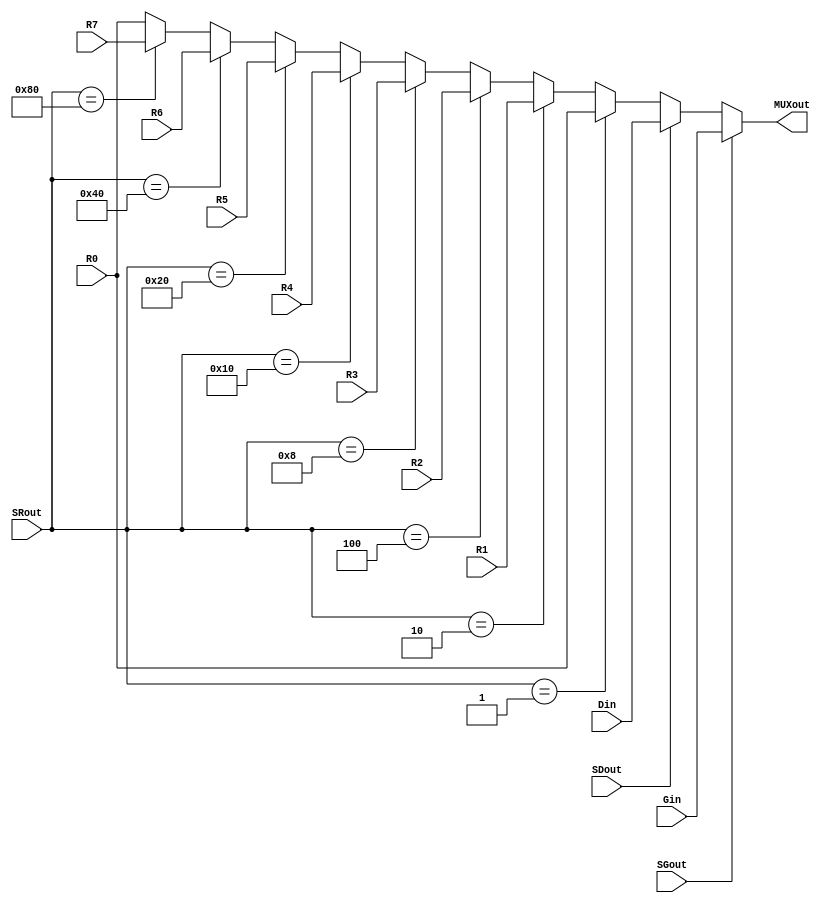
module multiplexers(R0, R1, R2, R3, R4, R5, R6, R7, Gin, Din, SRout, SGout, SDout, MUXout);

	input wire 	[8:0]R0, R1, R2, R3, R4, R5, R6, R7;

	input wire	[8:0]Gin;
	input wire	[8:0]Din;  			// 9 bit
	input wire [7:0]SRout;          // 8 bit
	input wire SGout, SDout;        // 1 bit
			
	output wire [8:0] MUXout;
	
	parameter zero = 8'b0;
	assign MUXout = (SGout == 1)    ? Gin:
					(SDout == 1)    ? Din:
					(SRout == 8'h1) ? R0: 	//00000001
					(SRout == 8'h2) ? R1:	//00000010
					(SRout == 8'h4) ? R2:	//00000100
					(SRout == 8'h8) ? R3:	//00001000
					(SRout == 8'h10)? R4:	//00010000
					(SRout == 8'h20)? R5:	//00100000
					(SRout == 8'h40)? R6:	//01000000
					(SRout == 8'h80)? R7:	//10000000
					R0;
endmodule